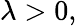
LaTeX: \lambda>0,